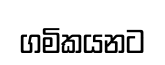
ගමිකයනට